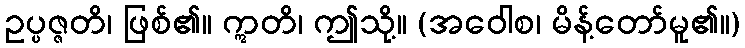
ဥပ္ပဇ္ဇတိ၊ ဖြစ်၏။ ဣတိ၊ ဤသို့။ (အဝေါစ၊ မိန့်တော်မူ၏။)